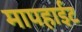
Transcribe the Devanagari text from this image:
मापहाईट